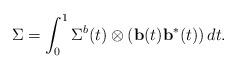
LaTeX: \begin{align*}\Sigma= \int_0^1 \Sigma^{b}(t) \otimes \left( \mathbf{b}(t) \mathbf{b}^*(t) \right) dt.\end{align*}